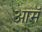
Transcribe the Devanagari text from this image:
आमॅ